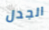
الجدل